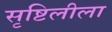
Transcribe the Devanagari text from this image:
सृष्टिलीला